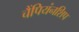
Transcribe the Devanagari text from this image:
चैंपियंनशिप